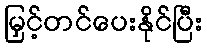
မြှင့်တင်ပေးနိုင်ပြီး